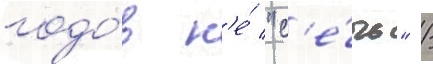
годо́в н'е́ "с'е́чь" /